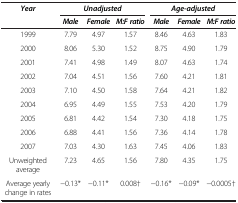
| Year | <COLSPAN=3> Unadjusted | <COLSPAN=3> Age-adjusted |
 |  | Male | Female | M:F ratio | Male | Female | M:F ratio |
 | --- | --- | --- | --- | --- | --- | --- |
 | 1999 | 7.79 | 4.97 | 1.57 | 8.46 | 4.63 | 1.83 |
 | 2000 | 8.06 | 5.30 | 1.52 | 8.75 | 4.90 | 1.79 |
 | 2001 | 7.41 | 4.98 | 1.49 | 8.07 | 4.63 | 1.74 |
 | 2002 | 7.04 | 4.51 | 1.56 | 7.60 | 4.21 | 1.81 |
 | 2003 | 7.10 | 4.50 | 1.58 | 7.64 | 4.21 | 1.82 |
 | 2004 | 6.95 | 4.49 | 1.55 | 7.53 | 4.20 | 1.79 |
 | 2005 | 6.81 | 4.42 | 1.54 | 7.30 | 4.18 | 1.75 |
 | 2006 | 6.88 | 4.41 | 1.56 | 7.36 | 4.14 | 1.78 |
 | 2007 | 7.03 | 4.30 | 1.63 | 7.45 | 4.06 | 1.83 |
 | Unweighted average | 7.23 | 4.65 | 1.56 | 7.80 | 4.35 | 1.75 |
 | Average yearly change in rates | −0.13* | −0.11* | 0.008† | −0.16* | −0.09* | −0.0005† |